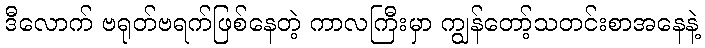
ဒီလောက် ဗရုတ်ဗရက်ဖြစ်နေတဲ့ ကာလကြီးမှာ ကျွန်တော့်သတင်းစာအနေနဲ့